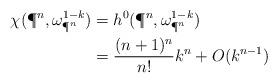
LaTeX: \begin{align*} \chi(\P^n,\omega_{\P^n}^{1-k})&=h^0(\P^n,\omega_{\P^n}^{1-k}) \\ &=\frac{(n+1)^n}{n!}k^n+O(k^{n-1})\end{align*}